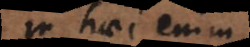
In haec enim